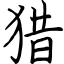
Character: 猎